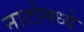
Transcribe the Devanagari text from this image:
नाटोमध्ये